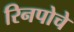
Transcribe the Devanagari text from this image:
रिनपोचे